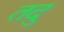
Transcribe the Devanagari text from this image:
तदु